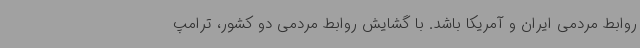
روابط مردمی ایران و آمریکا باشد. با گشایش روابط مردمی دو کشور، ترامپ